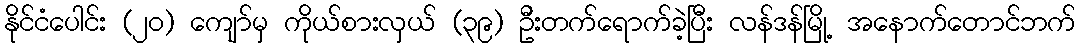
နိုင်ငံပေါင်း (၂ဝ) ကျော်မှ ကိုယ်စားလှယ် (၃၉) ဦးတက်ရောက်ခဲ့ပြီး လန်ဒန်မြို့ အနောက်တောင်ဘက်